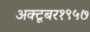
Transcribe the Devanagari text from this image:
अक्टूबर१९५७